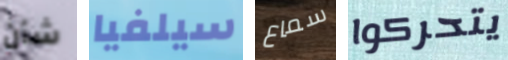
شأن سيلفيا سماع يتحركوا